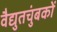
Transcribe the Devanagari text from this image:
वैद्युतचुंबकों